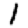
Digit: 1